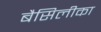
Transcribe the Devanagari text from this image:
बैसिलीका